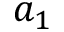
a _ { 1 }